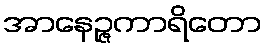
အာနေဉ္ဇကာရိတော